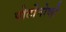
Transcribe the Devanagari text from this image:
पोर्टोनोव्हो